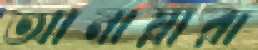
আনায়ারা